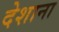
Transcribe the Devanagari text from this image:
देशाना